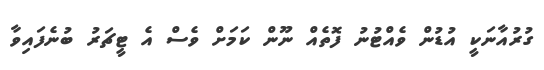
ގުރުއާނަކީ އުޑުން ވެއްޓުނު ފޮތެއް ނޫން ކަމަށް ވެސް އެ ޓީޗަރު ބުނެފައިވާ